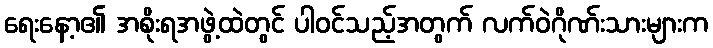
ရေးနော့၏ အစိုးရအဖွဲ့ထဲတွင် ပါဝင်သည့်အတွက် လက်ဝဲဂိုဏ်းသားများက